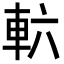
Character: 𮝄